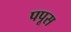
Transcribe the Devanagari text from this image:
पपूस